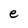
Character: e